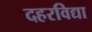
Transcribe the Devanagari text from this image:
दहरविद्या